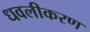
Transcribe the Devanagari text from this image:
धवलीकरण